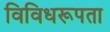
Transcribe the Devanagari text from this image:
विविधरूपता